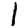
Digit: 1